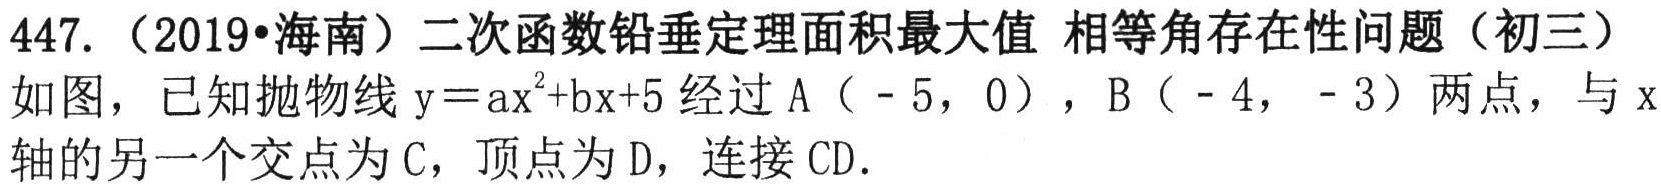
447.（2019•海南）二次函数铅垂定理面积最大值 相等角存在性问题（初三）
如图，已知抛物线\(y = ax^{2}+bx + 5\)经过\(A(-5,0)\)，\(B(-4,-3)\)两点，与\(x\)轴的另一个交点为\(C\)，顶点为\(D\)，连接\(CD\).